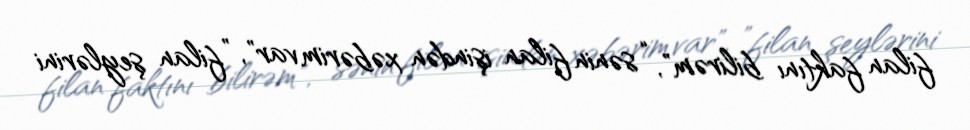
filan faktını bilirəm", “sənin filan işindən xəbərim var", ”filan şeylərini